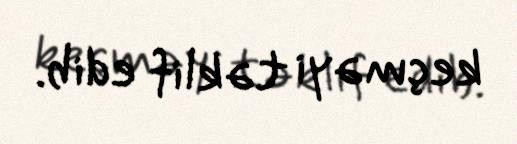
keçməyi təklif edib.